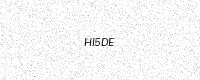
Text: HI5DE